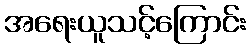
အရေးယူသင့်ကြောင်း